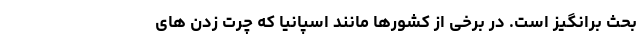
بحث برانگیز است. در برخی از کشورها مانند اسپانیا که چرت‌ زدن‌ های